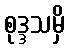
စုဒ္ဒသမှိ